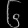
Digit: ၆